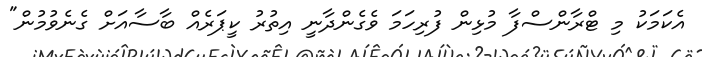
އެކަމަކު މި ޓްރާންސްފާ މުޅިން ފުރިހަމަ ވެގެންދާނީ އިތުރު ކީޕަރެއް ބާސާއަށް ގެނެވުމުން"